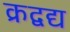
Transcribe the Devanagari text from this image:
क्रद्वद्य